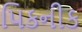
પિકનીક